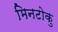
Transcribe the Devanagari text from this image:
मिनटोकु